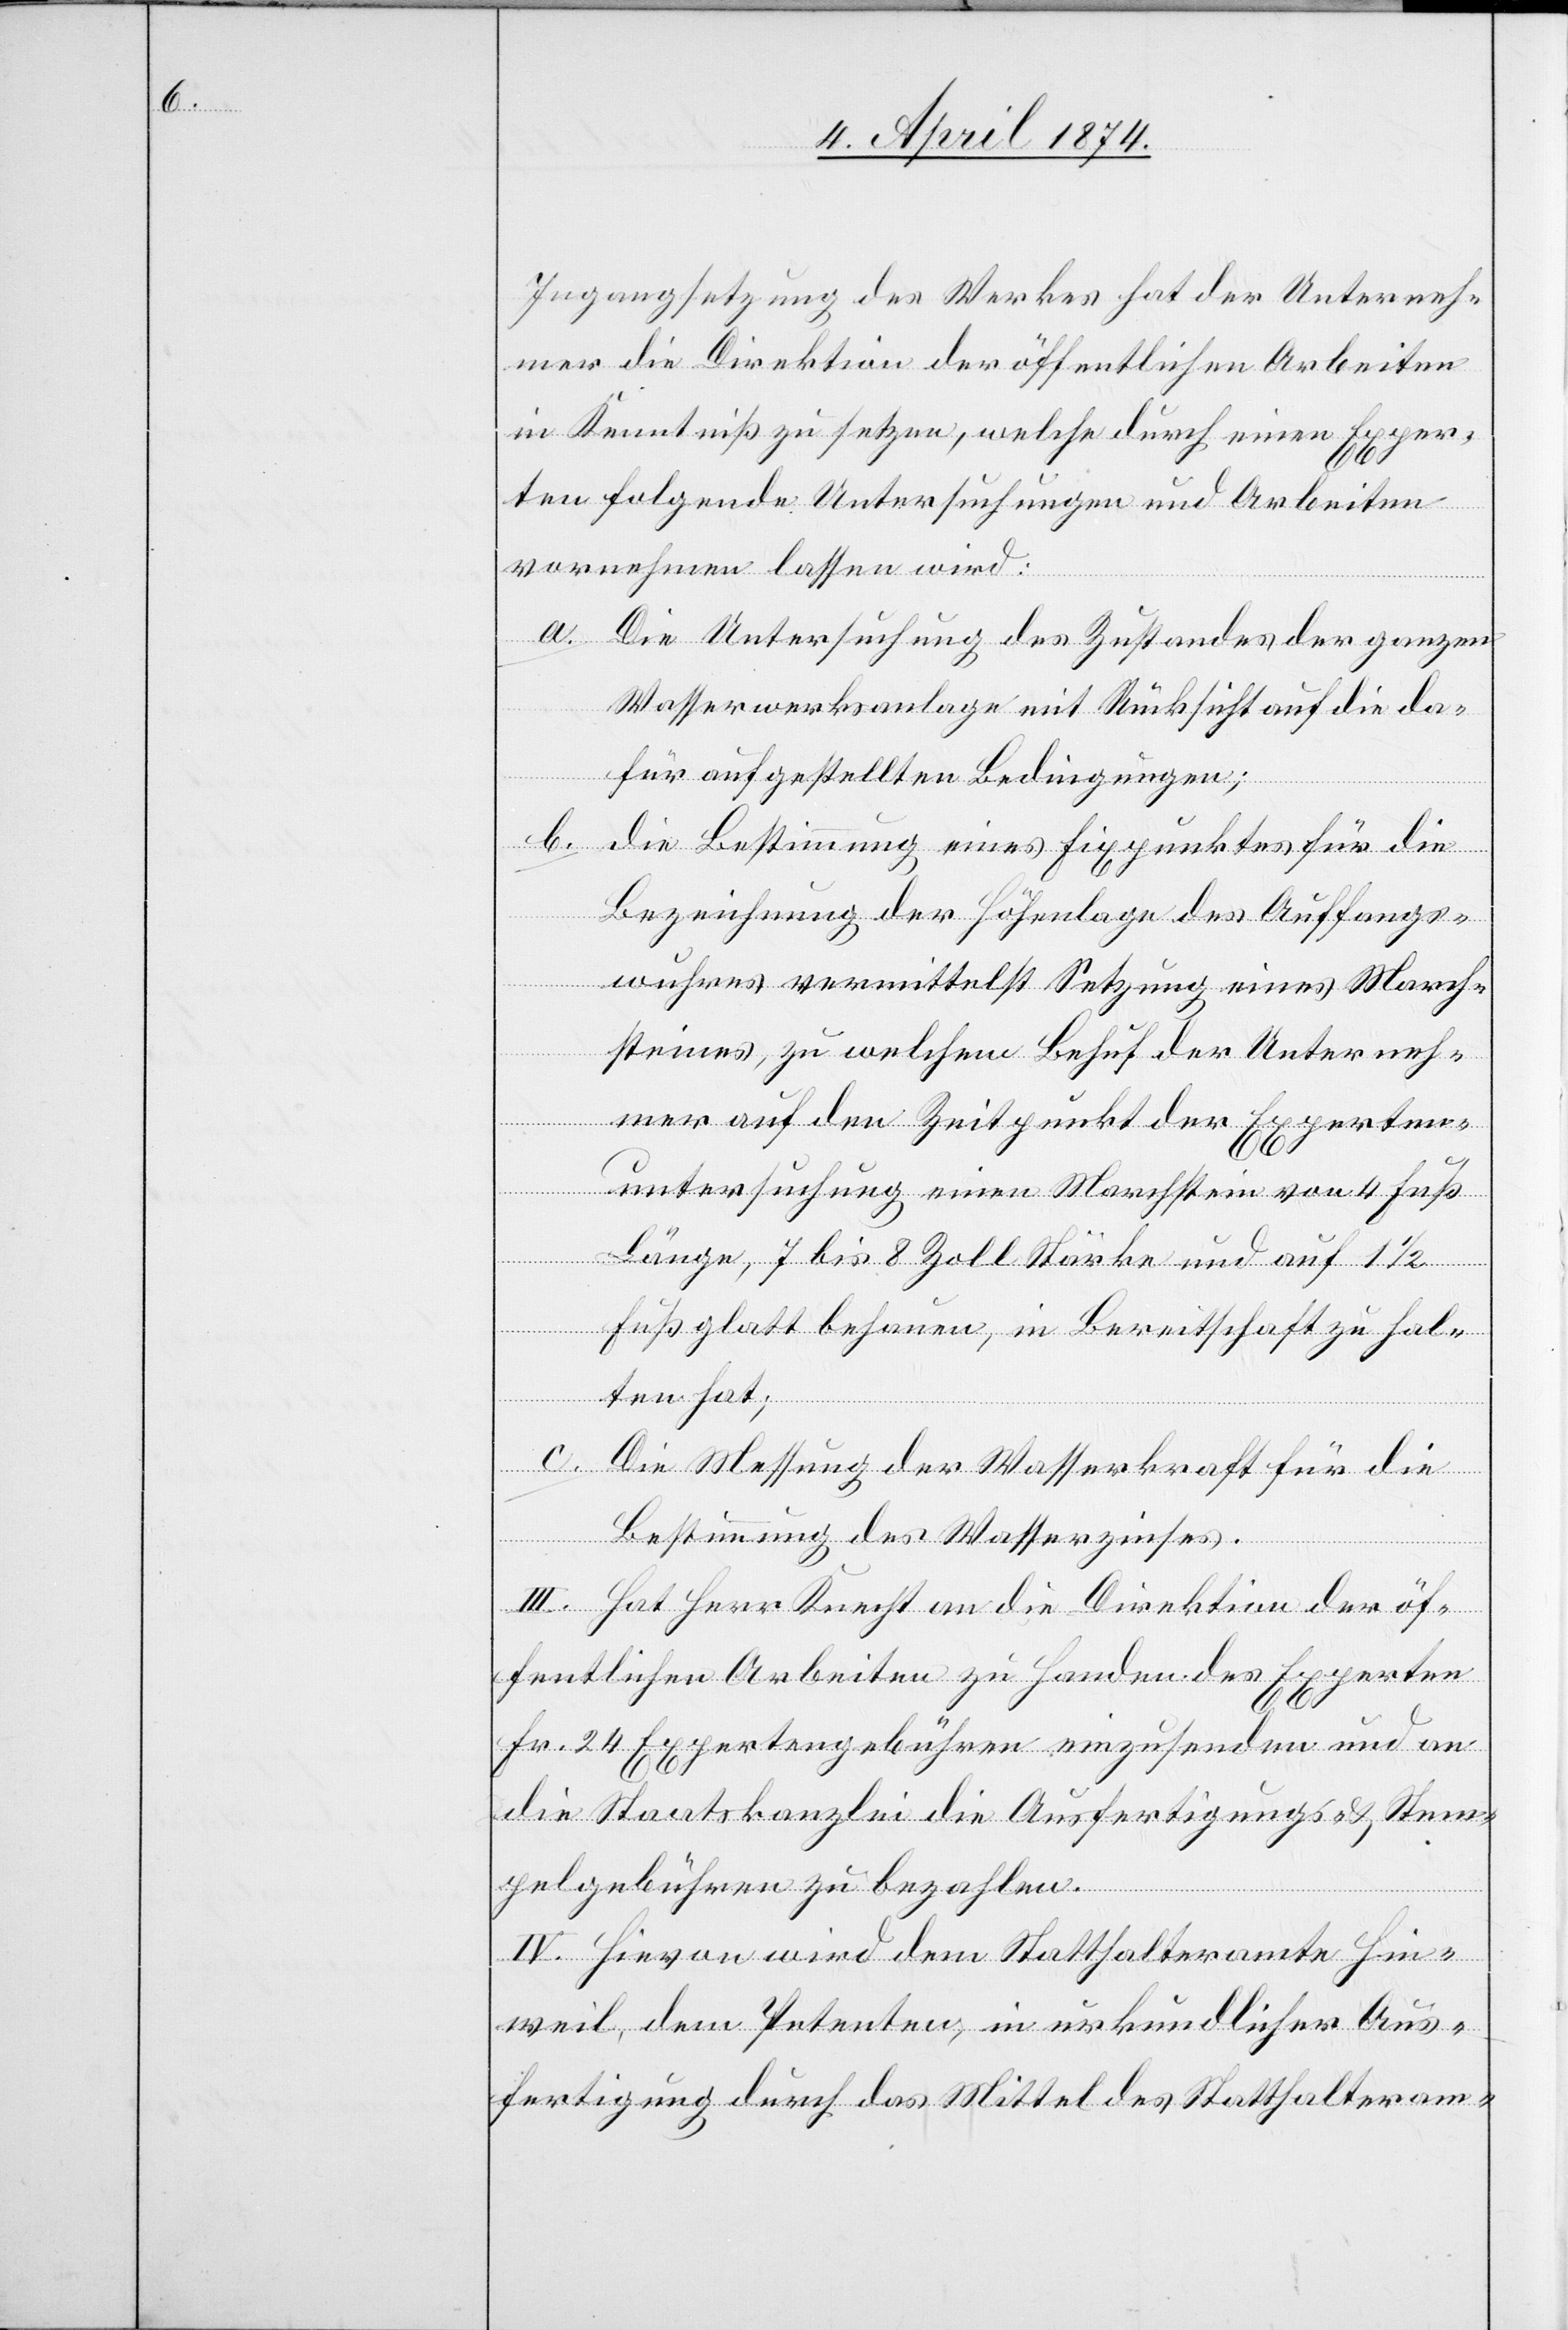
Ingangsetzung des Werkes hat der Unterneh¬
mer die Direktion der öffentlichen Arbeiten
in Kenntniß zu setzen, welche durch einen Exper¬
ten folgende Untersuchungen und Arbeiten
vornehmen lassen wird:
a. Die Untersuchung des Zustandes der ganzen
Wasserwerksanlage mit Rücksicht auf die da¬
für aufgestellten Bedingungen;
b. die Bestimmung eines Fixpunktes für die
Bezeichnung der Höhenlage des Auffangs¬
wuhres vermittelst Setzung eines March¬
steines, zu welchem Behuf der Unterneh¬
mer auf den Zeitpunkt der Experten¬
untersuchung einen Marchstein von 4 Fuß
Länge, 7 bis 8 Zoll Stärke und auf 1 1/2
Fuß glatt behauen, in Bereitschaft zu hal¬
ten hat;
c. Die Messung der Wasserkraft für die
Bestimmung des Wasserzinses.
III. Hat Herr Knecht an die Direktion der öf¬
fentlichen Arbeiten zu Handen des Experten
Fr. 24 Expertengebühren einzusenden und an
die Staatskanzlei die Ausfertigungs- u. Stem¬
pelgebühren zu bezahlen.
IV. Hievon wird dem Statthalteramte Hin¬
weil, dem Petenten, in urkundlicher Aus¬
fertigung durch das Mittel des Statthalteram-